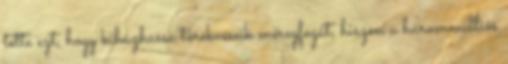
tette ezt, hogy kihúzhassa törekvéseik méregfogát, hiszen a hárommilliós